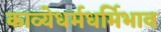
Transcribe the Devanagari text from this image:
काव्येधर्मधर्मिभाव